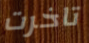
تاخرت